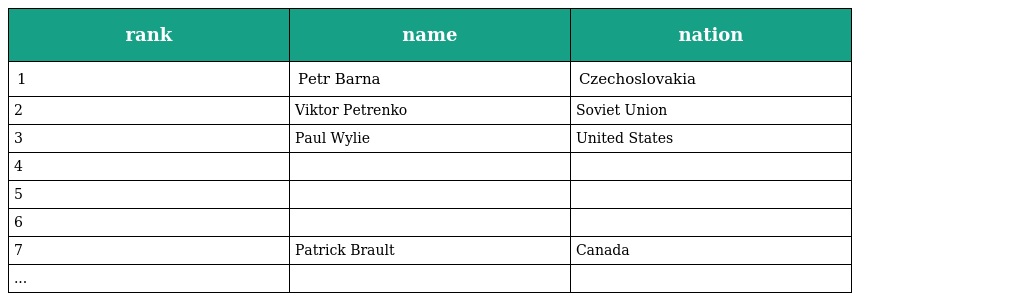
| rank | name | nation |
 | --- | --- | --- |
 | 1 | Petr Barna | Czechoslovakia |
 | 2 | Viktor Petrenko | Soviet Union |
 | 3 | Paul Wylie | United States |
 | 4 |  |  |
 | 5 |  |  |
 | 6 |  |  |
 | 7 | Patrick Brault | Canada |
 | ... |  |  |